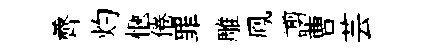
薺灼愜倦罪雕鳯謭曹芸